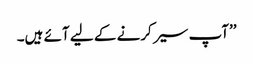
’’آپ سیر کرنے کے لیے آئے ہیں۔